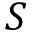
S